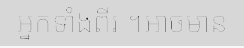
អ្នកទាំងពីរ ។អាចមាន